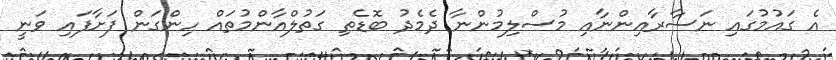
އެ ގައުމުގައި ނަސާރާއިންނާއި މުސްލިމުންނާ ދެމެދު ބޮޑެތި ގަތުލްއާންމުތައް ހިންގަން ފަށާފައި ވަނީ